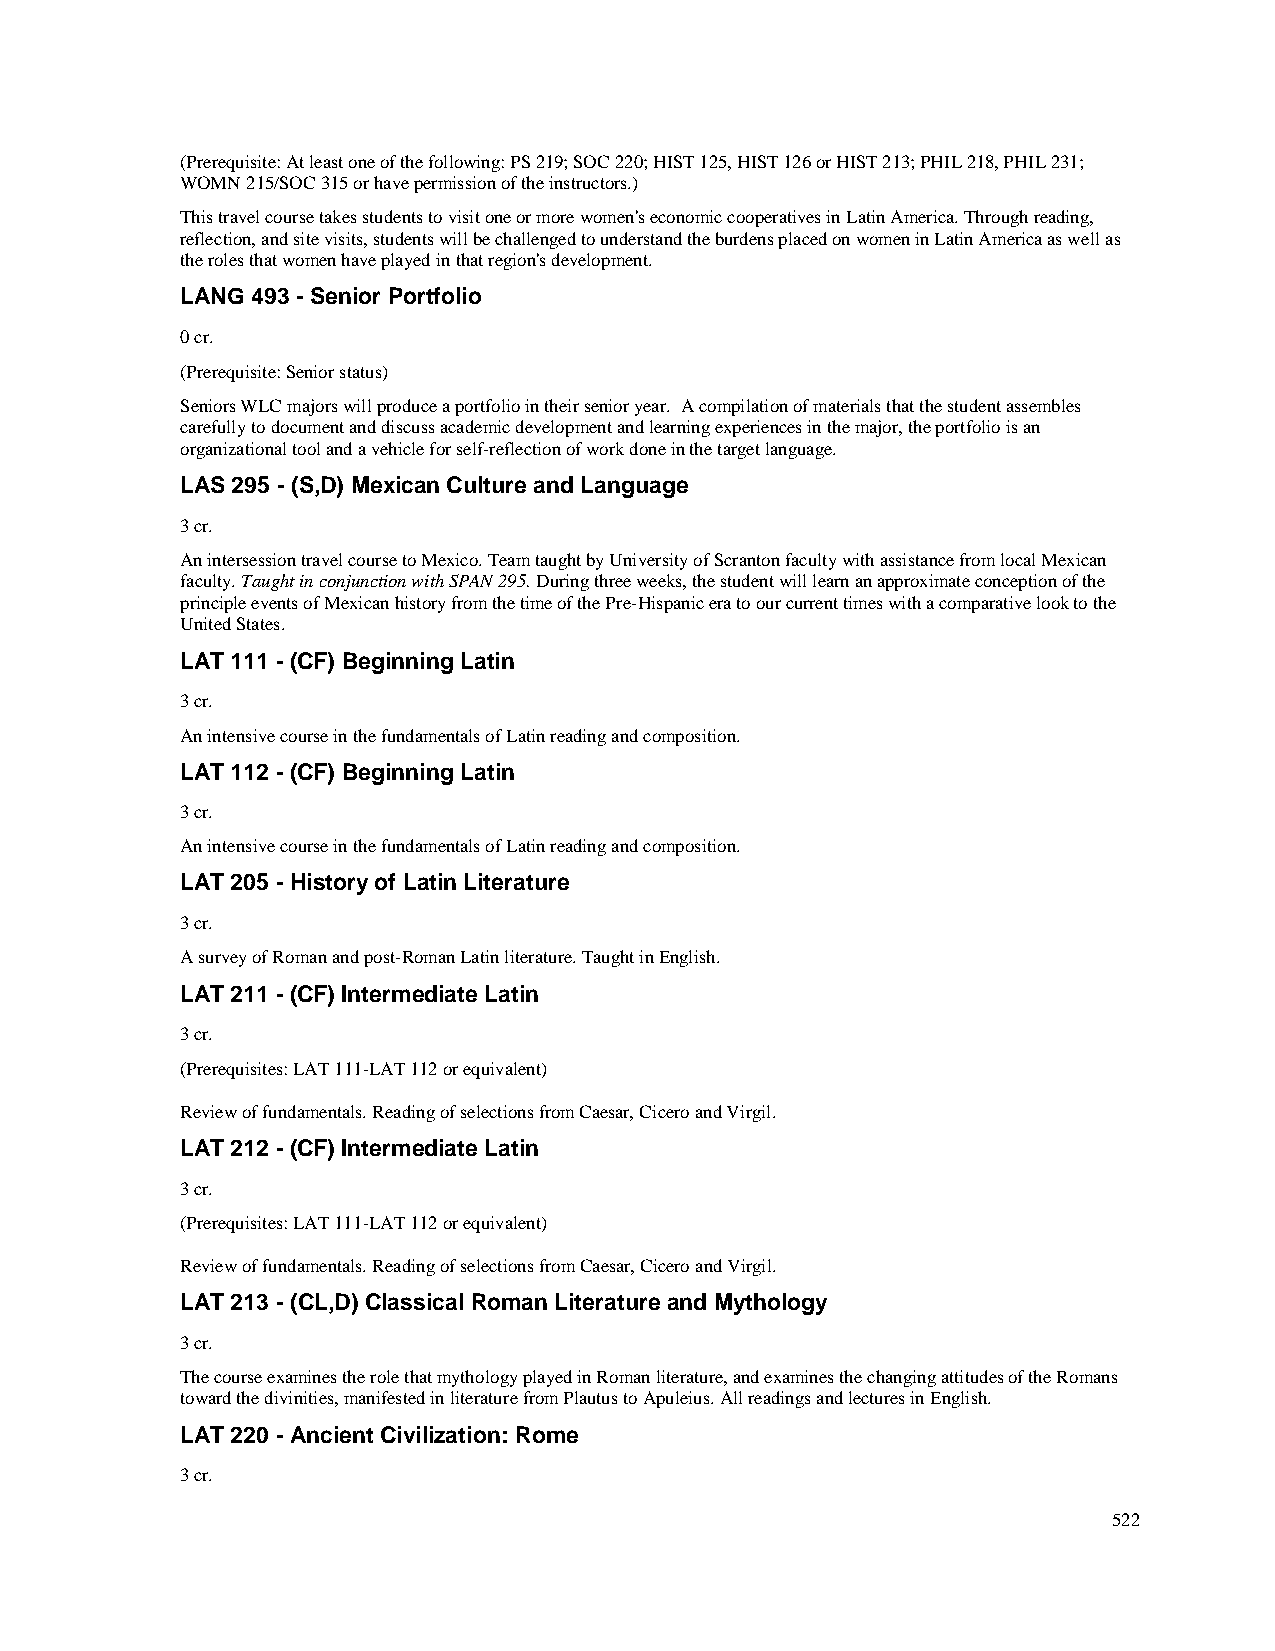
(Prerequisite: At least one of the following: PS 219; SOC 220; HIST 125, HIST 126 or HIST 213; PHIL 218, PHIL 231;
 WOMN 215/SOC 315 or have permission of the instructors.)
 This travel course takes students to visit one or more women's economic cooperatives in Latin America. Through reading,
 reflection, and site visits, students will be challenged to understand the burdens placed on women in Latin America as well as
 the roles that women have played in that region's development.
 LANG 493 - Senior Portfolio
 0 cr.
 (Prerequisite: Senior status)
 Seniors WLC majors will produce a portfolio in their senior year. A compilation of materials that the student assembles
 carefully to document and discuss academic development and learning experiences in the major, the portfolio is an
 organizational tool and a vehicle for self-reflection of work done in the target language.
 LAS 295 - (S,D) Mexican Culture and Language
 3 cr.
 An intersession travel course to Mexico. Team taught by University of Scranton faculty with assistance from local Mexican
 faculty. Taught in conjunction with SPAN 295. During three weeks, the student will learn an approximate conception of the
 principle events of Mexican history from the time of the Pre-Hispanic era to our current times with a comparative look to the
 United States.
 LAT 111 - (CF) Beginning Latin
 3 cr.
 An intensive course in the fundamentals of Latin reading and composition.
 LAT 112 - (CF) Beginning Latin
 3 cr.
 An intensive course in the fundamentals of Latin reading and composition.
 LAT 205 - History of Latin Literature
 3 cr.
 A survey of Roman and post-Roman Latin literature. Taught in English.
 LAT 211 - (CF) Intermediate Latin
 3 cr.
 (Prerequisites: LAT 111-LAT 112 or equivalent)
 Review of fundamentals. Reading of selections from Caesar, Cicero and Virgil.
 LAT 212 - (CF) Intermediate Latin
 3 cr.
 (Prerequisites: LAT 111-LAT 112 or equivalent)
 Review of fundamentals. Reading of selections from Caesar, Cicero and Virgil.
 LAT 213 - (CL,D) Classical Roman Literature and Mythology
 3 cr.
 The course examines the role that mythology played in Roman literature, and examines the changing attitudes of the Romans
 toward the divinities, manifested in literature from Plautus to Apuleius. All readings and lectures in English.
 LAT 220 - Ancient Civilization: Rome
 3 cr.
 522